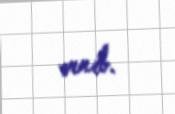
verib.